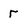
Character: r